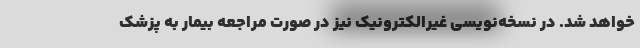
خواهد شد. در نسخه‌نویسی غیرالکترونیک نیز در صورت مراجعه بیمار به پزشک